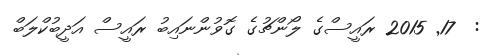
:  17